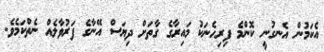
އެކަމުން އެނގުނީ ކޮންމެ ފިރިހެނަކު މައިރާގެ ގާތަށް ދިޔަސް އޭނާގެ ފަރުވާލެއް ނެތްކަމެވެ.